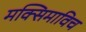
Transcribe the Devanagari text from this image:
मक्सिमाविच